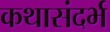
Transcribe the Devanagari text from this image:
कथासंदर्भ